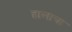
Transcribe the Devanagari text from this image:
हालाचा